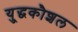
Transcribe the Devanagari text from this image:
यु्द्धकौशल